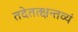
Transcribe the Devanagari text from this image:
तदेतत्क्षन्तव्यं